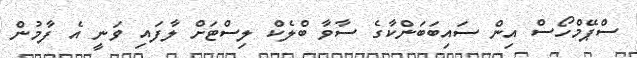
ސްޕޭމްހޯސް އިން ސައިބަބަންކާގެ ސާވާ ބްލެކް ލިސްޓަށް ލާފައި ވަނީ އެ ފާމުން